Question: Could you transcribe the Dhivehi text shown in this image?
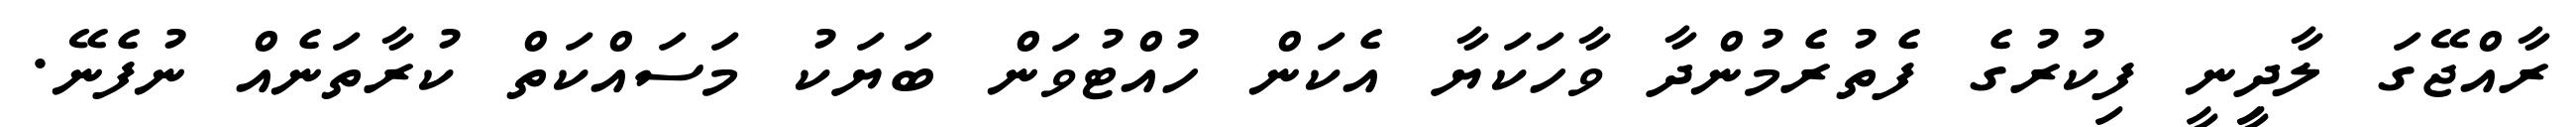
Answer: ރާއްޖޭގަ ލާދިީނީ ފިކުރުގެ ފެތުރެމުންދާ ވާހަކަޔާ އެކަން ހުއްޓުވަން ބަޔަކު މަސައްކަތް ކުރާތަނެއް ނުފެނޭ.